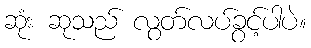
ဆုံး ဆုသည် လွတ်လပ်ခွင့်ပါပဲ။